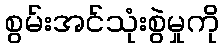
စွမ်းအင်သုံးစွဲမှုကို